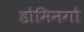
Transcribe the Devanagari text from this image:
डोमिनगो